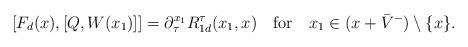
LaTeX: \begin{align*}\lbrack F_{d}(x),[Q,W(x_{1})]]=\partial _{\tau }^{x_{1}}R_{1d}^{\tau}(x_{1},x)\quad \mathrm{for}\quad x_{1}\in (x+\bar{V}^{-})\setminus \{x\}.\end{align*}